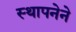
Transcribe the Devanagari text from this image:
स्‍थापनेने